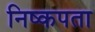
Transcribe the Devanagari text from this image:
निष्कपता